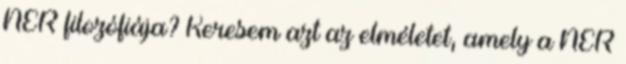
NER filozófiája? Keresem azt az elméletet, amely a NER